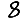
Digit: 8